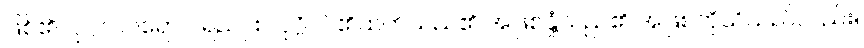
ဖြစ်၏။ ပုဂ္ဂလပရော ပရညူ စ၊ ပုဂ္ဂိုလ်၏ထက်သည်၏ အဖြစ်နှုံ့သည်၏ အဖြစ်ကိုသိသည်လည်း။